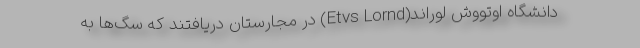
دانشگاه اوتووش لوراند(Etvs Lornd) در مجارستان دریافتند که سگ‌ها به